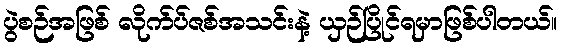
ပွဲစဉ်အဖြစ် လိုက်ပ်ဇစ်အသင်းနဲ့ ယှဉ်ပြိုင်ရမှာဖြစ်ပါတယ်။